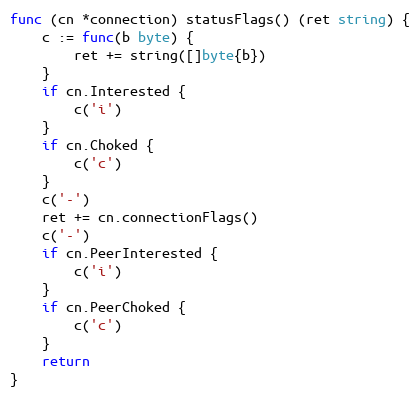
Language: Go
func (cn *connection) statusFlags() (ret string) {
	c := func(b byte) {
		ret += string([]byte{b})
	}
	if cn.Interested {
		c('i')
	}
	if cn.Choked {
		c('c')
	}
	c('-')
	ret += cn.connectionFlags()
	c('-')
	if cn.PeerInterested {
		c('i')
	}
	if cn.PeerChoked {
		c('c')
	}
	return
}